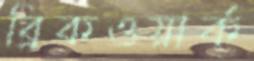
ব্রিকওয়ার্ক